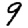
Digit: 9